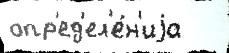
опр'ед'ел'е́н'иjа